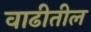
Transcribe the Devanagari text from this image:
वाढीतील